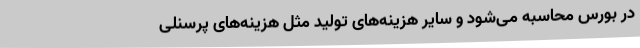
در بورس محاسبه می‌شود و سایر هزینه‌های تولید مثل هزینه‌های پرسنلی